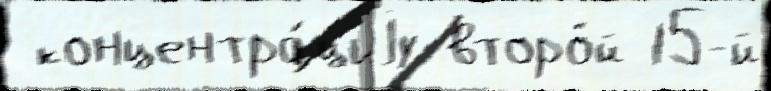
 концентра́циjу второ́й 15-й